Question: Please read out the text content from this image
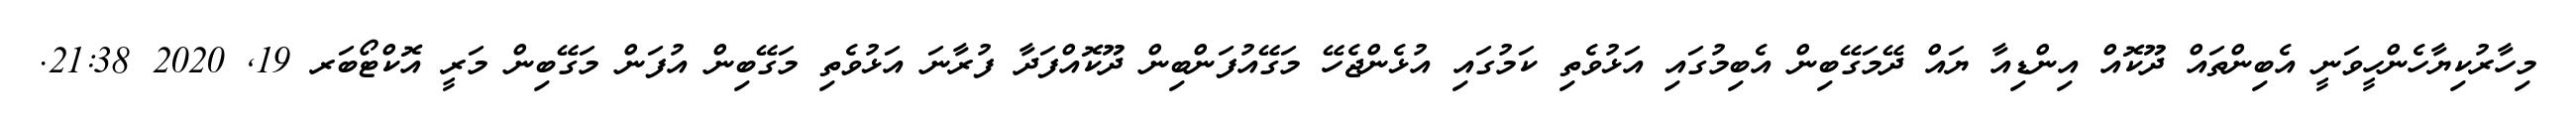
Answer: މިހާރުކިޔާހެންހީވަނީ އެބިންތައް ދޫކޮއް އިންޑިއާ ޔައް ދޭމަގޭބިން އެބިމުގައި އަޅުވެތި ކަމުގައި އުޅެންޖެހޭ މަގޭއުފަންބިން ދޫކޮއްފަދާ ފުރާނަ އަޅުވެތި މަގޭބިން އުފަން މަގޭބިން މަރީ އޮކްޓޯބަރ 19, 2020 21:38.